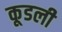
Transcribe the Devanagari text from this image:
कूडली